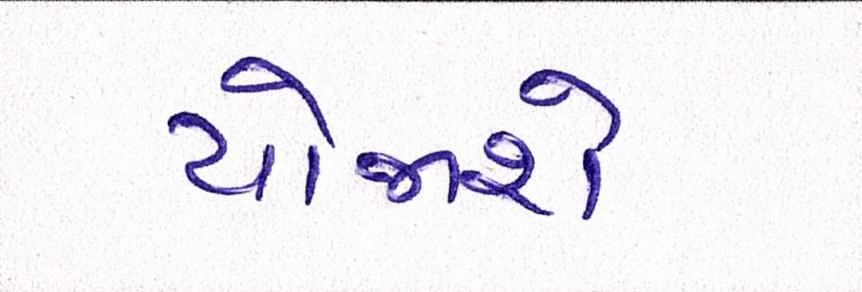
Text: યોજાશે